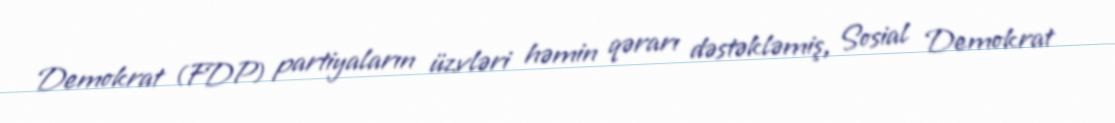
Demokrat (FDP) partiyaların üzvləri həmin qərarı dəstəkləmiş, Sosial Demokrat